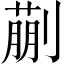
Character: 蒯